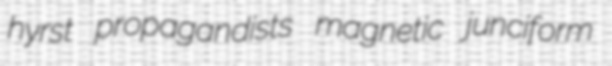
hyrst propagandists magnetic junciform